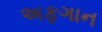
અફગાન